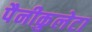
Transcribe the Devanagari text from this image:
पैनीकुलेटा